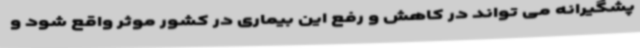
پشگیرانه می تواند در کاهش و رفع این بیماری در کشور موثر واقع شود و